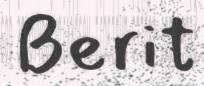
Berit